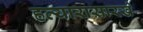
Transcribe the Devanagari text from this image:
हत्यारासारखे